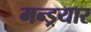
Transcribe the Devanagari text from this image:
मन्ड्रयार